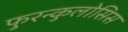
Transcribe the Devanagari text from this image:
फुरन्कुलोसिस